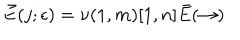
\bar { E } ( j ; \epsilon ) = \nu ( 1 , m ) [ 1 , n ] \bar { E } ( \rightarrow )